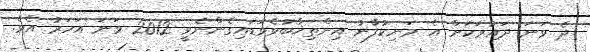
ދެ ވަނަ ދައުރަކަށް އެ މަނިކުފާނު އިންތިޚާބުވެވަޑައިގެންނެވީ 2012 ވަނަ އަަހަރު އެވެ.